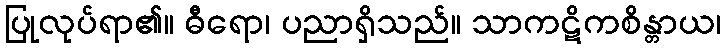
ပြုလုပ်ရာ၏။ ဓီရော၊ ပညာရှိသည်။ သာကဋိကစိန္တာယ၊